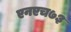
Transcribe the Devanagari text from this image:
एनएच७३